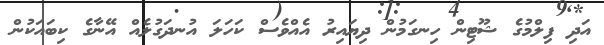
އަދި ފިލްމުގެ ޝޫޓިން ހިނގަމުން ދިޔައިރު އެއްވެސް ކަހަލަ އުނދަގުލެއް އޭނާގެ ކިބައަކުން